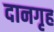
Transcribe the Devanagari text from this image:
दानगृह